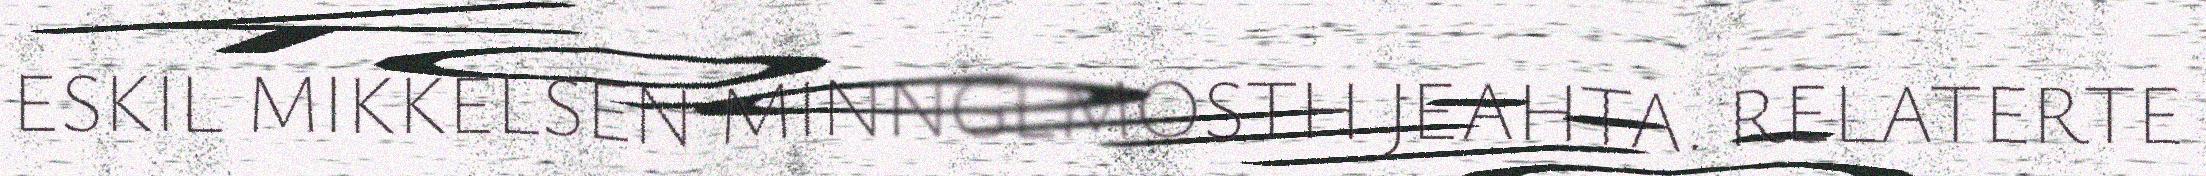
ESKIL MIKKELSEN MINNGEMOSTH JEAHTA. RELATERTE